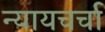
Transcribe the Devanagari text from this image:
न्यायचर्चा